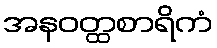
အနဝတ္ထစာရိကံ